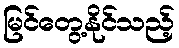
မြင်တွေ့နိုင်သည့်